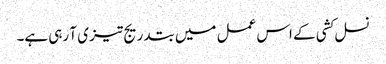
نسل کشی کے اس عمل میں بتدریج تیز ی آ رہی ہے۔